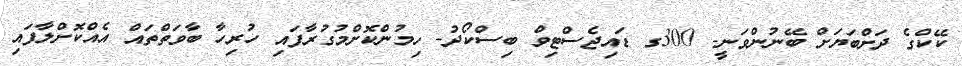
ކޭކްގެ ދަށްބަޔަށް ބޭނުންވަނީ- 300ގ ޑައިޖެސްޓިވް ބިސްކޯދު- ހިމުންކޮށްމުގުރާފައި ހުރިހާ ބާވަތްތައް އެއްކޮށްލާފައި